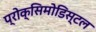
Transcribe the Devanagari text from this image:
प्रोक्सिमोडिस्टल